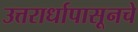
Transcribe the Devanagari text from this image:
उत्तरार्धापासूनचे